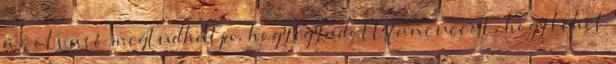
az olvasó megtudhatja, hogy egy adott fancuccot, hogy lehet